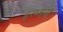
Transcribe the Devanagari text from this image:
इस्थ्मस